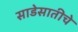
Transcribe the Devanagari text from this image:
साडेसातीचे